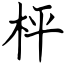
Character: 枰